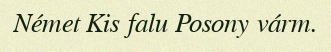
Német Kis falu Posony várm.